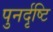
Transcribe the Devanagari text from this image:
पुनर्दृष्टि